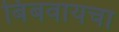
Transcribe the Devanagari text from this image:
बिंबवायचा